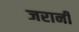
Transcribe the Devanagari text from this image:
जरानी